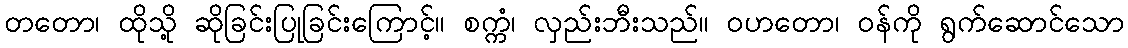
တတော၊ ထိုသို့ ဆိုခြင်းပြုခြင်းကြောင့်။ စက္ကံ၊ လှည်းဘီးသည်။ ဝဟတော၊ ဝန်ကို ရွက်ဆောင်သော